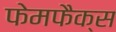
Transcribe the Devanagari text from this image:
फेमफैक्स